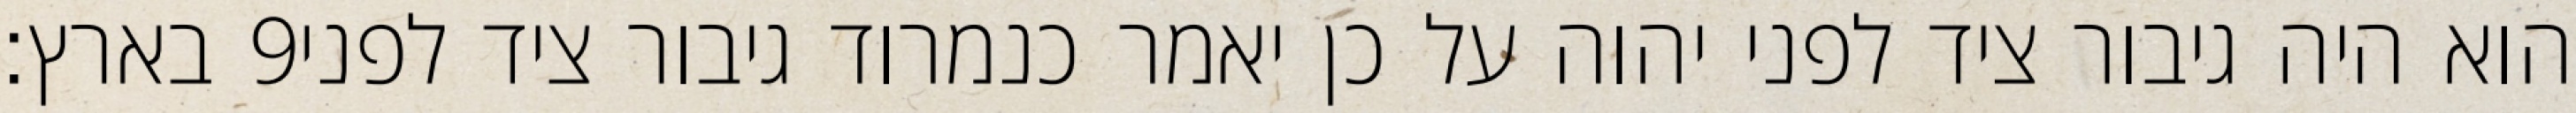
בארץ׃ ‎9‏ הוא היה גיבור ציד לפני יהוה על כן יאמר כנמרוד גיבור ציד לפני